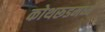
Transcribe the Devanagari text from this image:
कोथरूडमध्ये